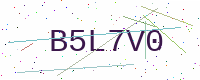
Text: B5L7V0